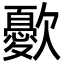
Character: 㱊